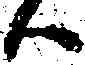
ハ